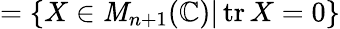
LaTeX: =\{ X\in\mathit{M}_{n+1}(\mathbb{{C}})|\operatorname{tr}X=0\}